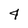
Character: 4